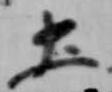
土